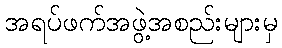
အရပ်ဖက်အဖွဲ့အစည်းများမှ